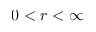
0 < r < \infty